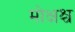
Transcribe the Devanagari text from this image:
मोक्षश्च